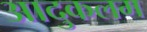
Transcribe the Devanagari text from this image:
आदुकलम